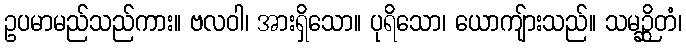
ဥပမာမည်သည်ကား။ ဗလဝါ၊ အားရှိသော။ ပုရိသော၊ ယောကျ်ားသည်။ သမဉ္ဆိတံ၊